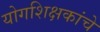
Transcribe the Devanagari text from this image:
योगशिक्षकांचे